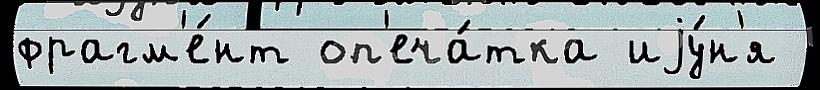
фрагм'е́нт оп'еча́тка иjу́н'я